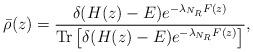
LaTeX: \begin{align*}\bar{\rho}(z) = \frac {\delta(H(z)-E) e^{-\lambda_{N_R}F(z)}} {\mathrm{Tr}\left[\delta(H(z)-E) e^{-\lambda_{N_R}F(z)}\right]},\end{align*}